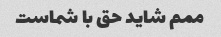
ممم شاید حق با شماست